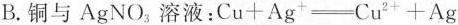
B.铜与AgNO_{3}溶液：$$C u + A g \xlongequal C u ^ { 2 } + A g$$